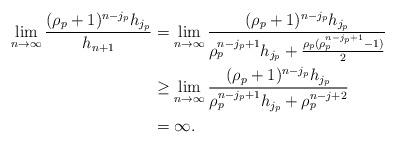
LaTeX: \begin{align*}\lim_{n\to \infty} \frac{(\rho_p+1)^{n-j_p} h_{j_p}}{ h_{n+1} } &= \lim_{n\to \infty} \frac{(\rho_p+1)^{n-j_p} h_{j_p}}{ \rho_p^{n-j_p+1}h_{j_p} + \frac{\rho_p(\rho_p^{n-j_p+1}-1)}{2} } \\&\geq \lim_{n\to \infty} \frac{(\rho_p+1)^{n-j_p} h_{j_p}}{ \rho_p^{n-j_p+1}h_{j_p} + \rho_p^{n-j+2} } \\ &= \infty . \end{align*}